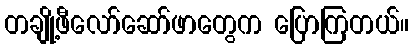
တချို့ဖီလော်ဆော်ဖာတွေက ပြောကြတယ်။